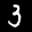
Label: 3